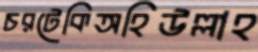
চরটেকিঅহিউল্লাহ